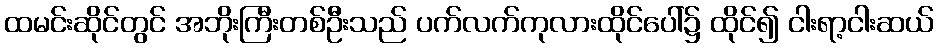
ထမင်းဆိုင်တွင် အဘိုးကြီးတစ်ဦးသည် ပက်လက်ကုလားထိုင်ပေါ်၌ ထိုင်၍ ငါးရာ့ငါးဆယ်